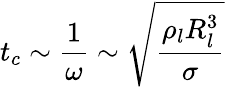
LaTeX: t_{c}\sim\frac{1}{\omega}\sim\sqrt{\frac{\rho_{l}R_{l}^{3}}{\sigma}}